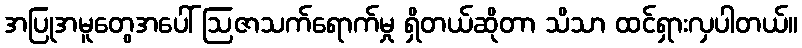
အပြုအမူတွေအပေါ် ဩဇာသက်ရောက်မှု ရှိတယ်ဆိုတာ သိသာ ထင်ရှားလှပါတယ်။